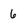
Character: 6